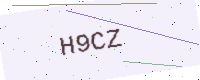
Text: H9CZ